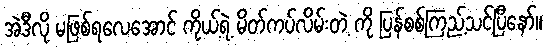
အဲဒီလို မဖြစ်ရလေအောင် ကိုယ့်ရဲ့ မိတ်ကပ်လိမ်းတဲ့ ကို ပြန်စစ်ကြည့်သင့်ပြီနော်။